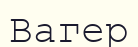
Вагер